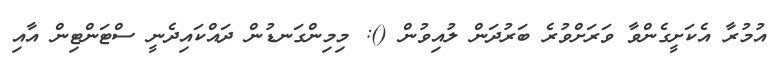
އުމުރާ އެކަށީގެންވާ ވަރަށްވުރެ ބަރުދަން ލުއިވުން (): މިމިންގަނޑުން ދައްކައިދެނީ ސްޓަންޓިން އާއި